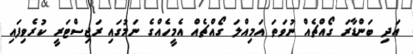
އަދި ބަންޑާރަ ގޯއްޗެއް ނުވަތަ އަމިއްލަ ގޯއްޗެއް އެމީހެއްގެ ނަމުގައި ރަޖިސްޓަރީ ކުރެވިފައި